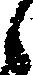
候